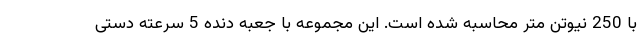
با 250 نیوتن متر محاسبه شده است. این مجموعه با جعبه دنده 5 سرعته دستی